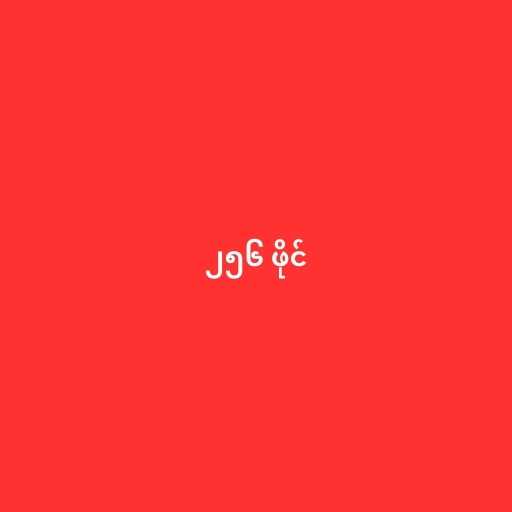
၂၅၆ ဖိုင်